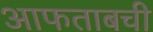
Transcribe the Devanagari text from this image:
आफताबची